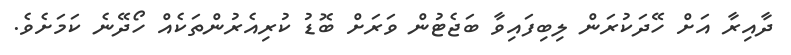
ދާއިރާ އަށް ހޭދަކުރަން ލިބިފައިވާ ބަޖެޓުން ވަރަށް ބޮޑު ކުރިއެރުންތަކެއް ހޯދޭނެ ކަމަށެވެ.